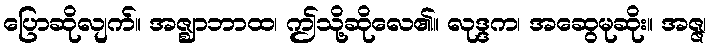
ပြောဆိုလျက်။ အဇ္ဈာဘာထ၊ ဤသို့ဆိုလေ၏။ လုဒ္ဒက၊ အဆွေမုဆိုး။ အဇ္ဇ၊